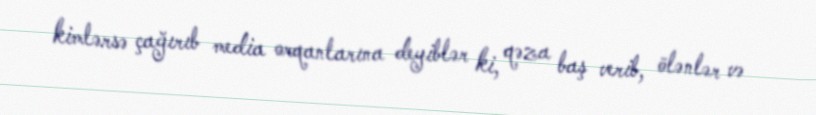
kimlərsə çağırıb media orqanlarına deyiblər ki, qəza baş verib, ölənlər və